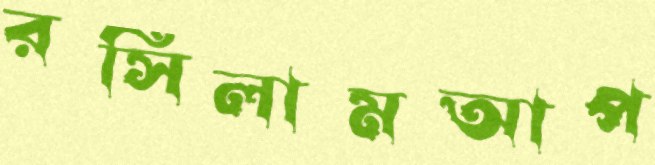
রসিলামআপ